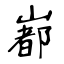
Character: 𡼞